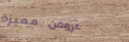
عروض مميزة